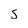
Character: 5